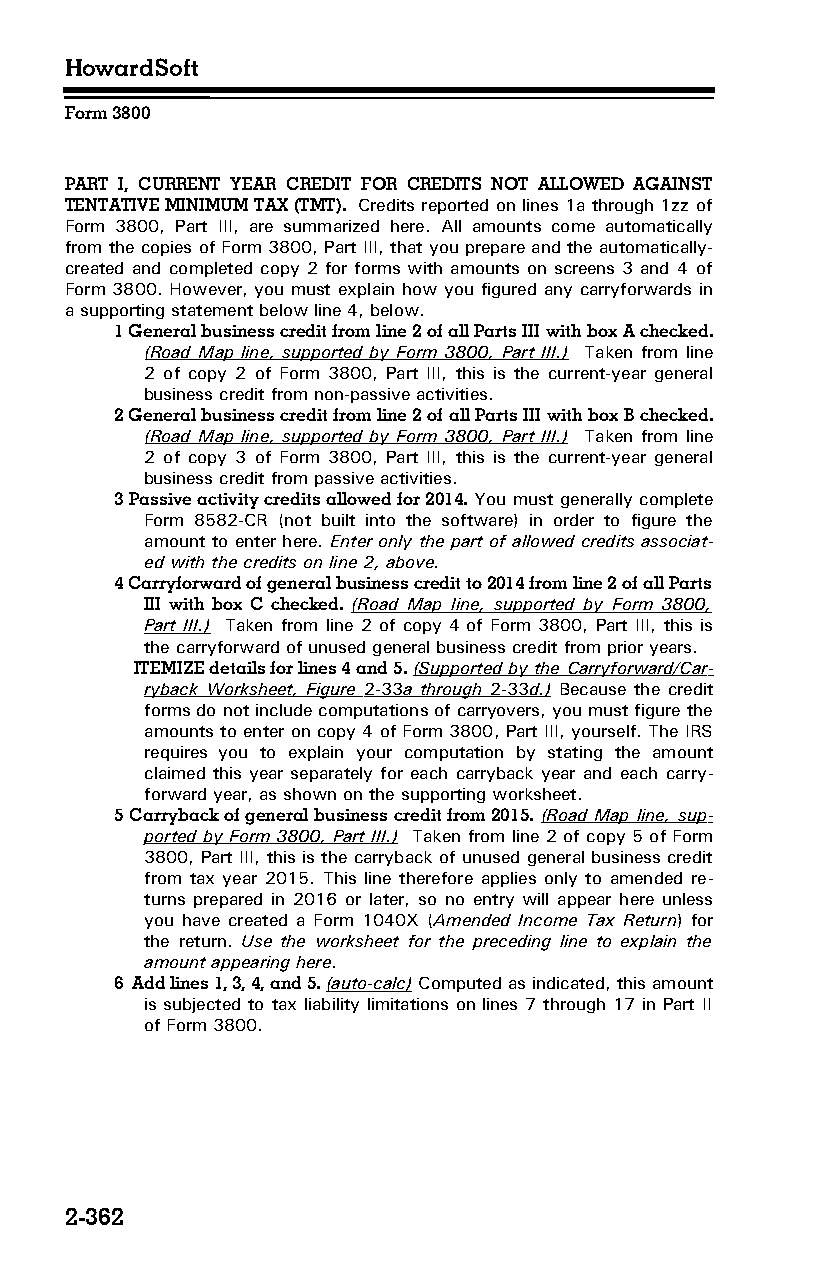
HowardSoft
 Form 3800
 PART I, CURRENT YEAR CREDIT FOR CREDITS NOT ALLOWED AGAINST
 TENTATIVE MINIMUM TAX (TMT). Credits reported on lines 1a through 1zz of
 Form 3800, Part III, are summarized here. All amounts come automatically
 from the copies of Form 3800, Part III, that you prepare and the automatically-
 created and completed copy 2 for forms with amounts on screens 3 and 4 of
 Form 3800. However, you must explain how you figured any carryforwards in
 a supporting statement below line 4, below.
 1 General business credit from line 2 of all Parts III with box A checked.
 (Road Map line, supported by Form 3800, Part III.) Taken from line
 2 of copy 2 of Form 3800, Part III, this is the current-year general
 business credit from non-passive activities.
 2 General business credit from line 2 of all Parts III with box B checked.
 (Road Map line, supported by Form 3800, Part III.) Taken from line
 2 of copy 3 of Form 3800, Part III, this is the current-year general
 business credit from passive activities.
 3 Passive activity credits allowed for 2014. You must generally complete
 Form 8582-CR (not built into the software) in order to figure the
 amount to enter here. Enter only the part of allowed credits associat­
 ed with the credits on line 2, above.
 4 Carryforward of general business credit to 2014 from line 2 of all Parts
 III with box C checked. (Road Map line, supported by Form 3800,
 Part III.) Taken from line 2 of copy 4 of Form 3800, Part III, this is
 the carryforward of unused general business credit from prior years.
 ITEMIZE details for lines 4 and 5. (Supported by the Carryforward/Car­
 ryback Worksheet, Figure 2-33 a through 2-33 d.) Because the credit
 forms do not include computations of carryovers, you must figure the
 amounts to enter on copy 4 of Form 3800, Part III, yourself. The IRS
 requires you to explain your computation by stating the amount
 claimed this year separately for each carryback year and each carry­
 forward year, as shown on the supporting worksheet.
 5 Carryback of general business credit from 2015. (Road Map line, sup­
 ported by Form 3800, Part III.) Taken from line 2 of copy 5 of Form
 3800, Part III, this is the carryback of unused general business credit
 from tax year 2015. This line therefore applies only to amended re­
 turns prepared in 2016 or later, so no entry will appear here unless
 you have created a Form 1040X (Amended Income Tax Return) for
 the return. Use the worksheet for the preceding line to explain the
 amount appearing here.
 6 Add lines 1, 3, 4, and 5. (auto-calc) Computed as indicated, this amount
 is subjected to tax liability limitations on lines 7 through 17 in Part II
 of Form 3800.
 2-362